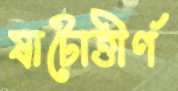
ষাটোত্তীর্ণ